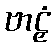
ဗာဠှံ